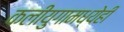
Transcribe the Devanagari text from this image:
कलीयुगामध्येही